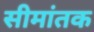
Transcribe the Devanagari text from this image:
सीमांतक